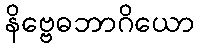
နိဗ္ဗေဓဘာဂိယော